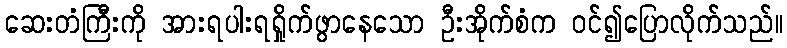
ဆေးတံကြီးကို အားရပါးရရှိုက်ဖွာနေသော ဦးအိုက်စံက ဝင်၍ပြောလိုက်သည်။